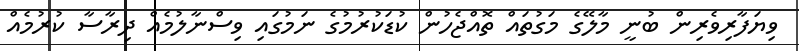
ވިޔަފާރިވެރިން ބުނީ މާލޭގެ މަގުތައް ތޮއްޖެހުން ކުޑަކުރުމުގެ ނަމުގައި ވިސްނާލުމެއް ދިރާސާ ކުރުމެއް